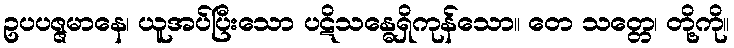
ဥပပဇ္ဇမာနေ၊ ယူအပ်ပြီးသော ပဋိသန္ဓေရှိကုန်သော။ တေ သတ္တေ၊ တို့ကို။